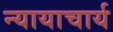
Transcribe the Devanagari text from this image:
न्यायाचार्य